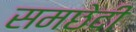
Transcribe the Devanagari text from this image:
समछेदी